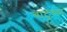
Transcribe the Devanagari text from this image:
बाटुच्या